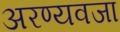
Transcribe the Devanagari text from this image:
अरण्यवजा